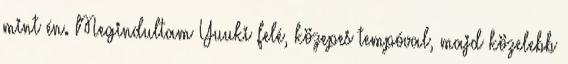
mint én. Megindultam Yuuki felé, közepes tempóval, majd közelebb